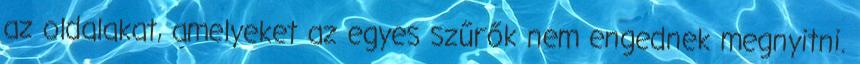
az oldalakat, amelyeket az egyes szűrők nem engednek megnyitni.